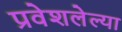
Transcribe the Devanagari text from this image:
प्रवेशलेल्या